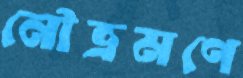
নৌভ্রমণে